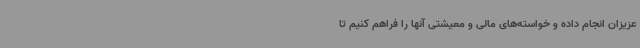
عزیزان انجام داده و خواسته‌های مالی و معیشتی آنها را فراهم کنیم تا